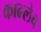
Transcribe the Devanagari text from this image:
काढलेच